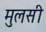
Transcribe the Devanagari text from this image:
मुलसी